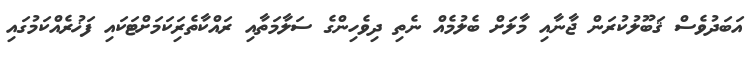
އަބަދުވެސް ޤަބޫލުކުރަން ޖާނާއި މާލަށް ބެލުމެއް ނެތި ދިވެހިންގެ ސަލާމަތާއި ރައްކާތެރިަކަމަށްޓަކައި ފަޚުރެއްކަމުގައި